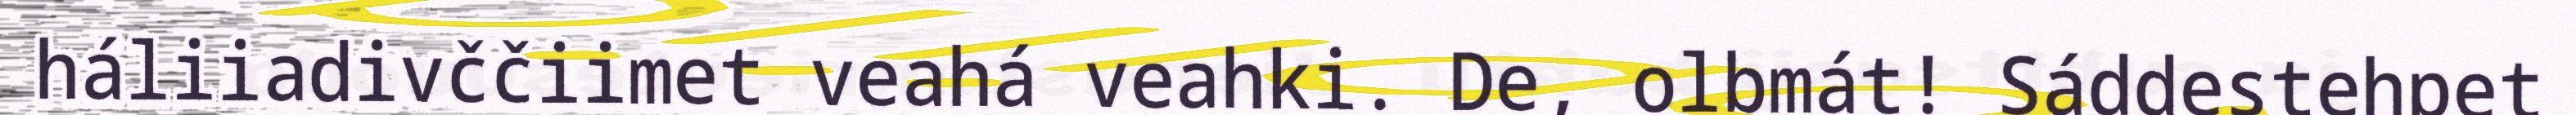
háliiadivččiimet veahá veahki. De, olbmát! Sáddestehpet